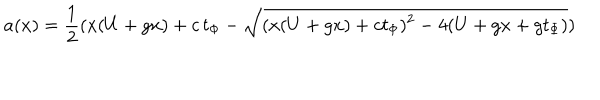
a ( x ) = { \frac { 1 } { 2 } } ( x ( U + g x ) + c \, t _ { \Phi } - \sqrt { ( x ( U + g x ) + c t _ { \Phi } ) ^ { 2 } - 4 ( U + g x + g t _ { \Phi } ) } )